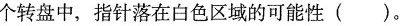
个转盘中，指针落在白色区域的可能性()。